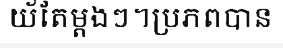
យ័តែម្តងៗ។ប្រភពបាន